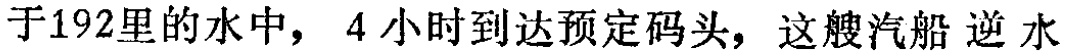
于192里的水中，4小时到达预定码头，这艘汽船逆水